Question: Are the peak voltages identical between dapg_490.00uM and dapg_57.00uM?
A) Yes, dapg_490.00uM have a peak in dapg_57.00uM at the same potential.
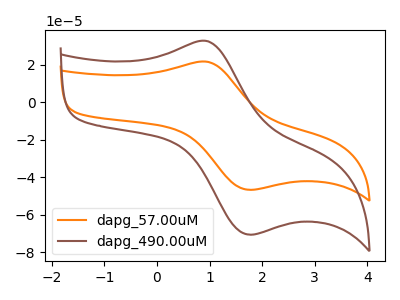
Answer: <think>The orange curve "dapg_57.00uM" has an anodic peak at (0.95V, 21.50uA) and a cathodic peak at (1.80V, -46.65uA). The brown curve "dapg_490.00uM" has an anodic peak at (0.95V, 32.50uA) and a cathodic peak at (1.80V, -70.50uA).</think>
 <answer>A) Yes, "dapg_490.00uM" have a peak in "dapg_57.00uM" at the same potential.</answer>
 <eval>A</eval>